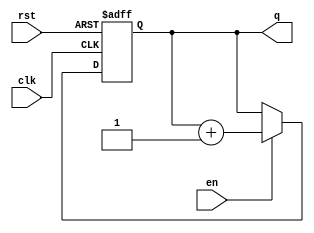
module binary_counter #(
    parameter N = 3  // Number of bits for the counter
)(
    input wire clk,   // Clock signal
    input wire rst,   // Asynchronous reset
    input wire en,    // Enable signal
    output reg [N-1:0] q // Counter output
);

// Always block triggered on the rising edge of the clock or the reset signal
always @(posedge clk or posedge rst) begin
    if (rst) begin
        // Reset the counter to 0
        q <= 0;
    end else if (en) begin
        // Increment the counter if enabled
        q <= q + 1;
    end
end

endmodule